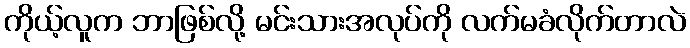
ကိုယ့်လူက ဘာဖြစ်လို့ မင်းသားအလုပ်ကို လက်မခံလိုက်တာလဲ